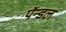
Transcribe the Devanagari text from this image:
पॅन्डल